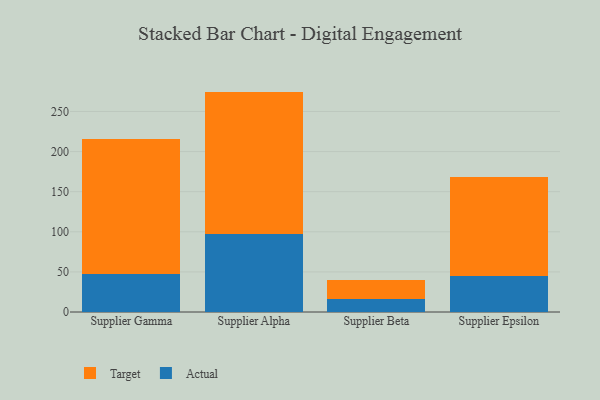
{"axis": {"x": "Supplier", "y": "Churn Rate (%)"}, "legend": ["Actual", "Target"], "data": [{"x": "Supplier Gamma", "y": 46.8, "type": "Actual"}, {"x": "Supplier Gamma", "y": 169.1, "type": "Target"}, {"x": "Supplier Alpha", "y": 96.9, "type": "Actual"}, {"x": "Supplier Alpha", "y": 177.9, "type": "Target"}, {"x": "Supplier Beta", "y": 15.6, "type": "Actual"}, {"x": "Supplier Beta", "y": 24.2, "type": "Target"}, {"x": "Supplier Epsilon", "y": 45.0, "type": "Actual"}, {"x": "Supplier Epsilon", "y": 123.3, "type": "Target"}]}